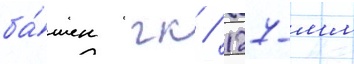
ба́шен гк / 127-мм